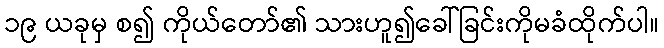
၁၉ ယခုမှ စ၍ ကိုယ်တော်၏ သားဟူ၍ခေါ်ခြင်းကိုမခံထိုက်ပါ။